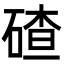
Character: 碴